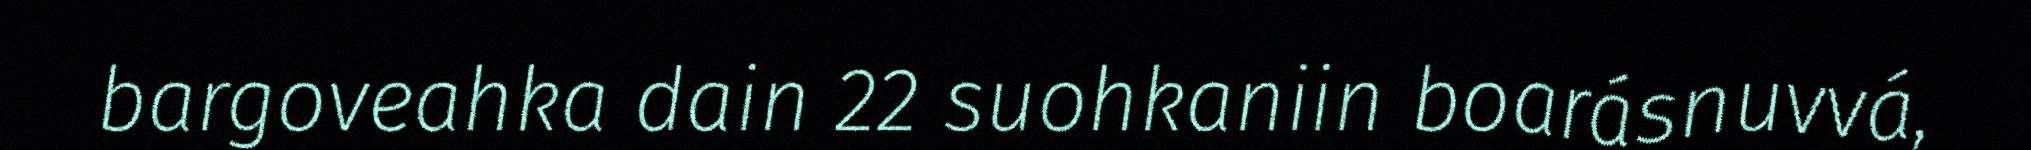
bargoveahka dain 22 suohkaniin boarásnuvvá,